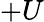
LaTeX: +U